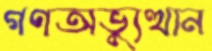
গণঅভ্যুত্থান